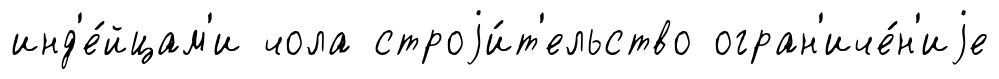
инд'е́йцам'и чола строjи́т'ельство огран'иче́н'иjе